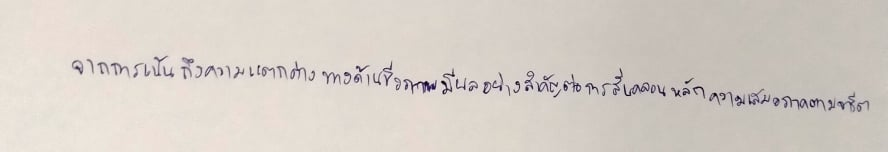
จากการเน้นถึงความแตกต่างทางด้านชีวภาพมีผลอย่างสำคัญต่อการสั่นคลอนหลักความเสมอภาคตามจารีต